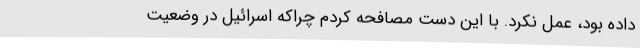
داده بود، عمل نکرد. با این دست مصافحه کردم چراکه اسرائیل در وضعیت